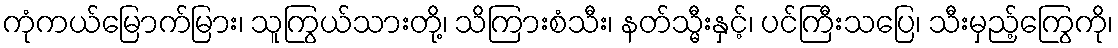
ကုံကယ်မြောက်မြား၊ သူကြွယ်သားတို့၊ သိကြားစံသီး၊ နတ်သ္မီးနှင့်၊ ပင်ကြီးသပြေ၊ သီးမှည့်ကြွေကို၊